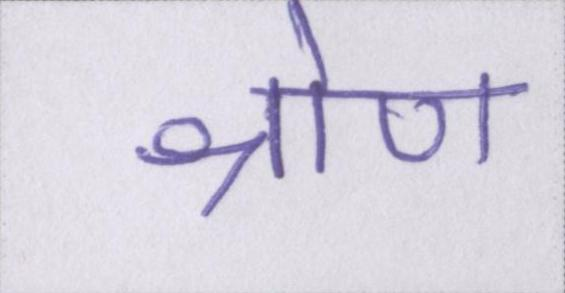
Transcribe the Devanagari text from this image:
श्रोण